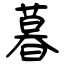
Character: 暮